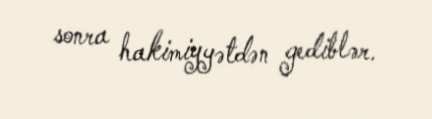
sonra hakimiyyətdən gediblər.